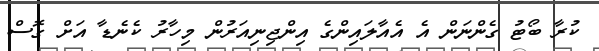
ކުރާ ބޯޓު ގެންނަން އެ އެއާލައިންގެ އިންޖިނިއަރުން މިހާރު ކެނެޑާ އަށް ގޮސް